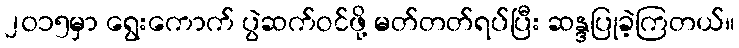
၂၀၁၅မှာ ရွေးကောက် ပွဲဆက်ဝင်ဖို့ မတ်တတ်ရပ်ပြီး ဆန္ဒပြုခဲ့ကြတယ်။